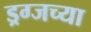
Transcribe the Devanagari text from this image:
ड्रग्जच्या